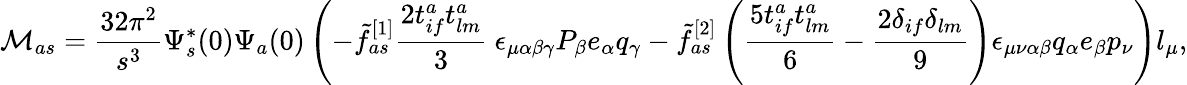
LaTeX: {\cal M}_{as}=\frac{32\pi^{2}}{s^{3}}\Psi_{s}^{*}(0)\Psi_{a}(0)\left(-\tilde{f}_{as}^{[1]}\frac{2t_{if}^{a}t_{lm}^{a}}{3}~\epsilon_{\mu\alpha\beta\gamma}P_{\beta}e_{\alpha}q_{\gamma}-\tilde{f}_{as}^{[2]}\left(\frac{5t_{if}^{a}t_{lm}^{a}}{6}-\frac{2\delta_{if}\delta_{lm}}{9}\right)\epsilon_{\mu\nu\alpha\beta}q_{\alpha}e_{\beta}p_{\nu}\right)l_{\mu},